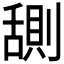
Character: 𬜊